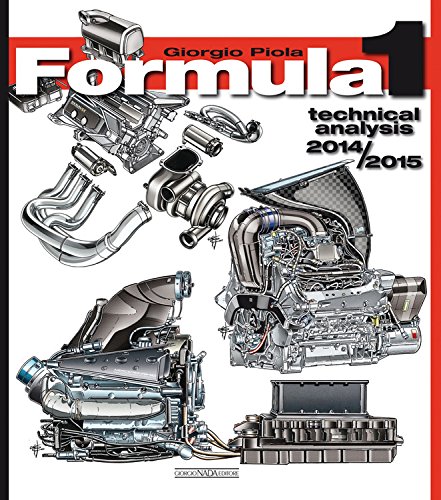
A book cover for Formula 1 2014/2015: Technical Analysis (Formula 1 Technical Analysis); Giorgio Piola; Sports & Outdoors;